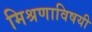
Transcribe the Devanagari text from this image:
मिश्रणाविषयी